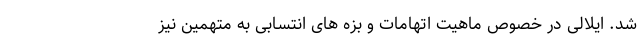
شد. ایلالی در خصوص ماهیت اتهامات و بزه های انتسابی به متهمین نیز